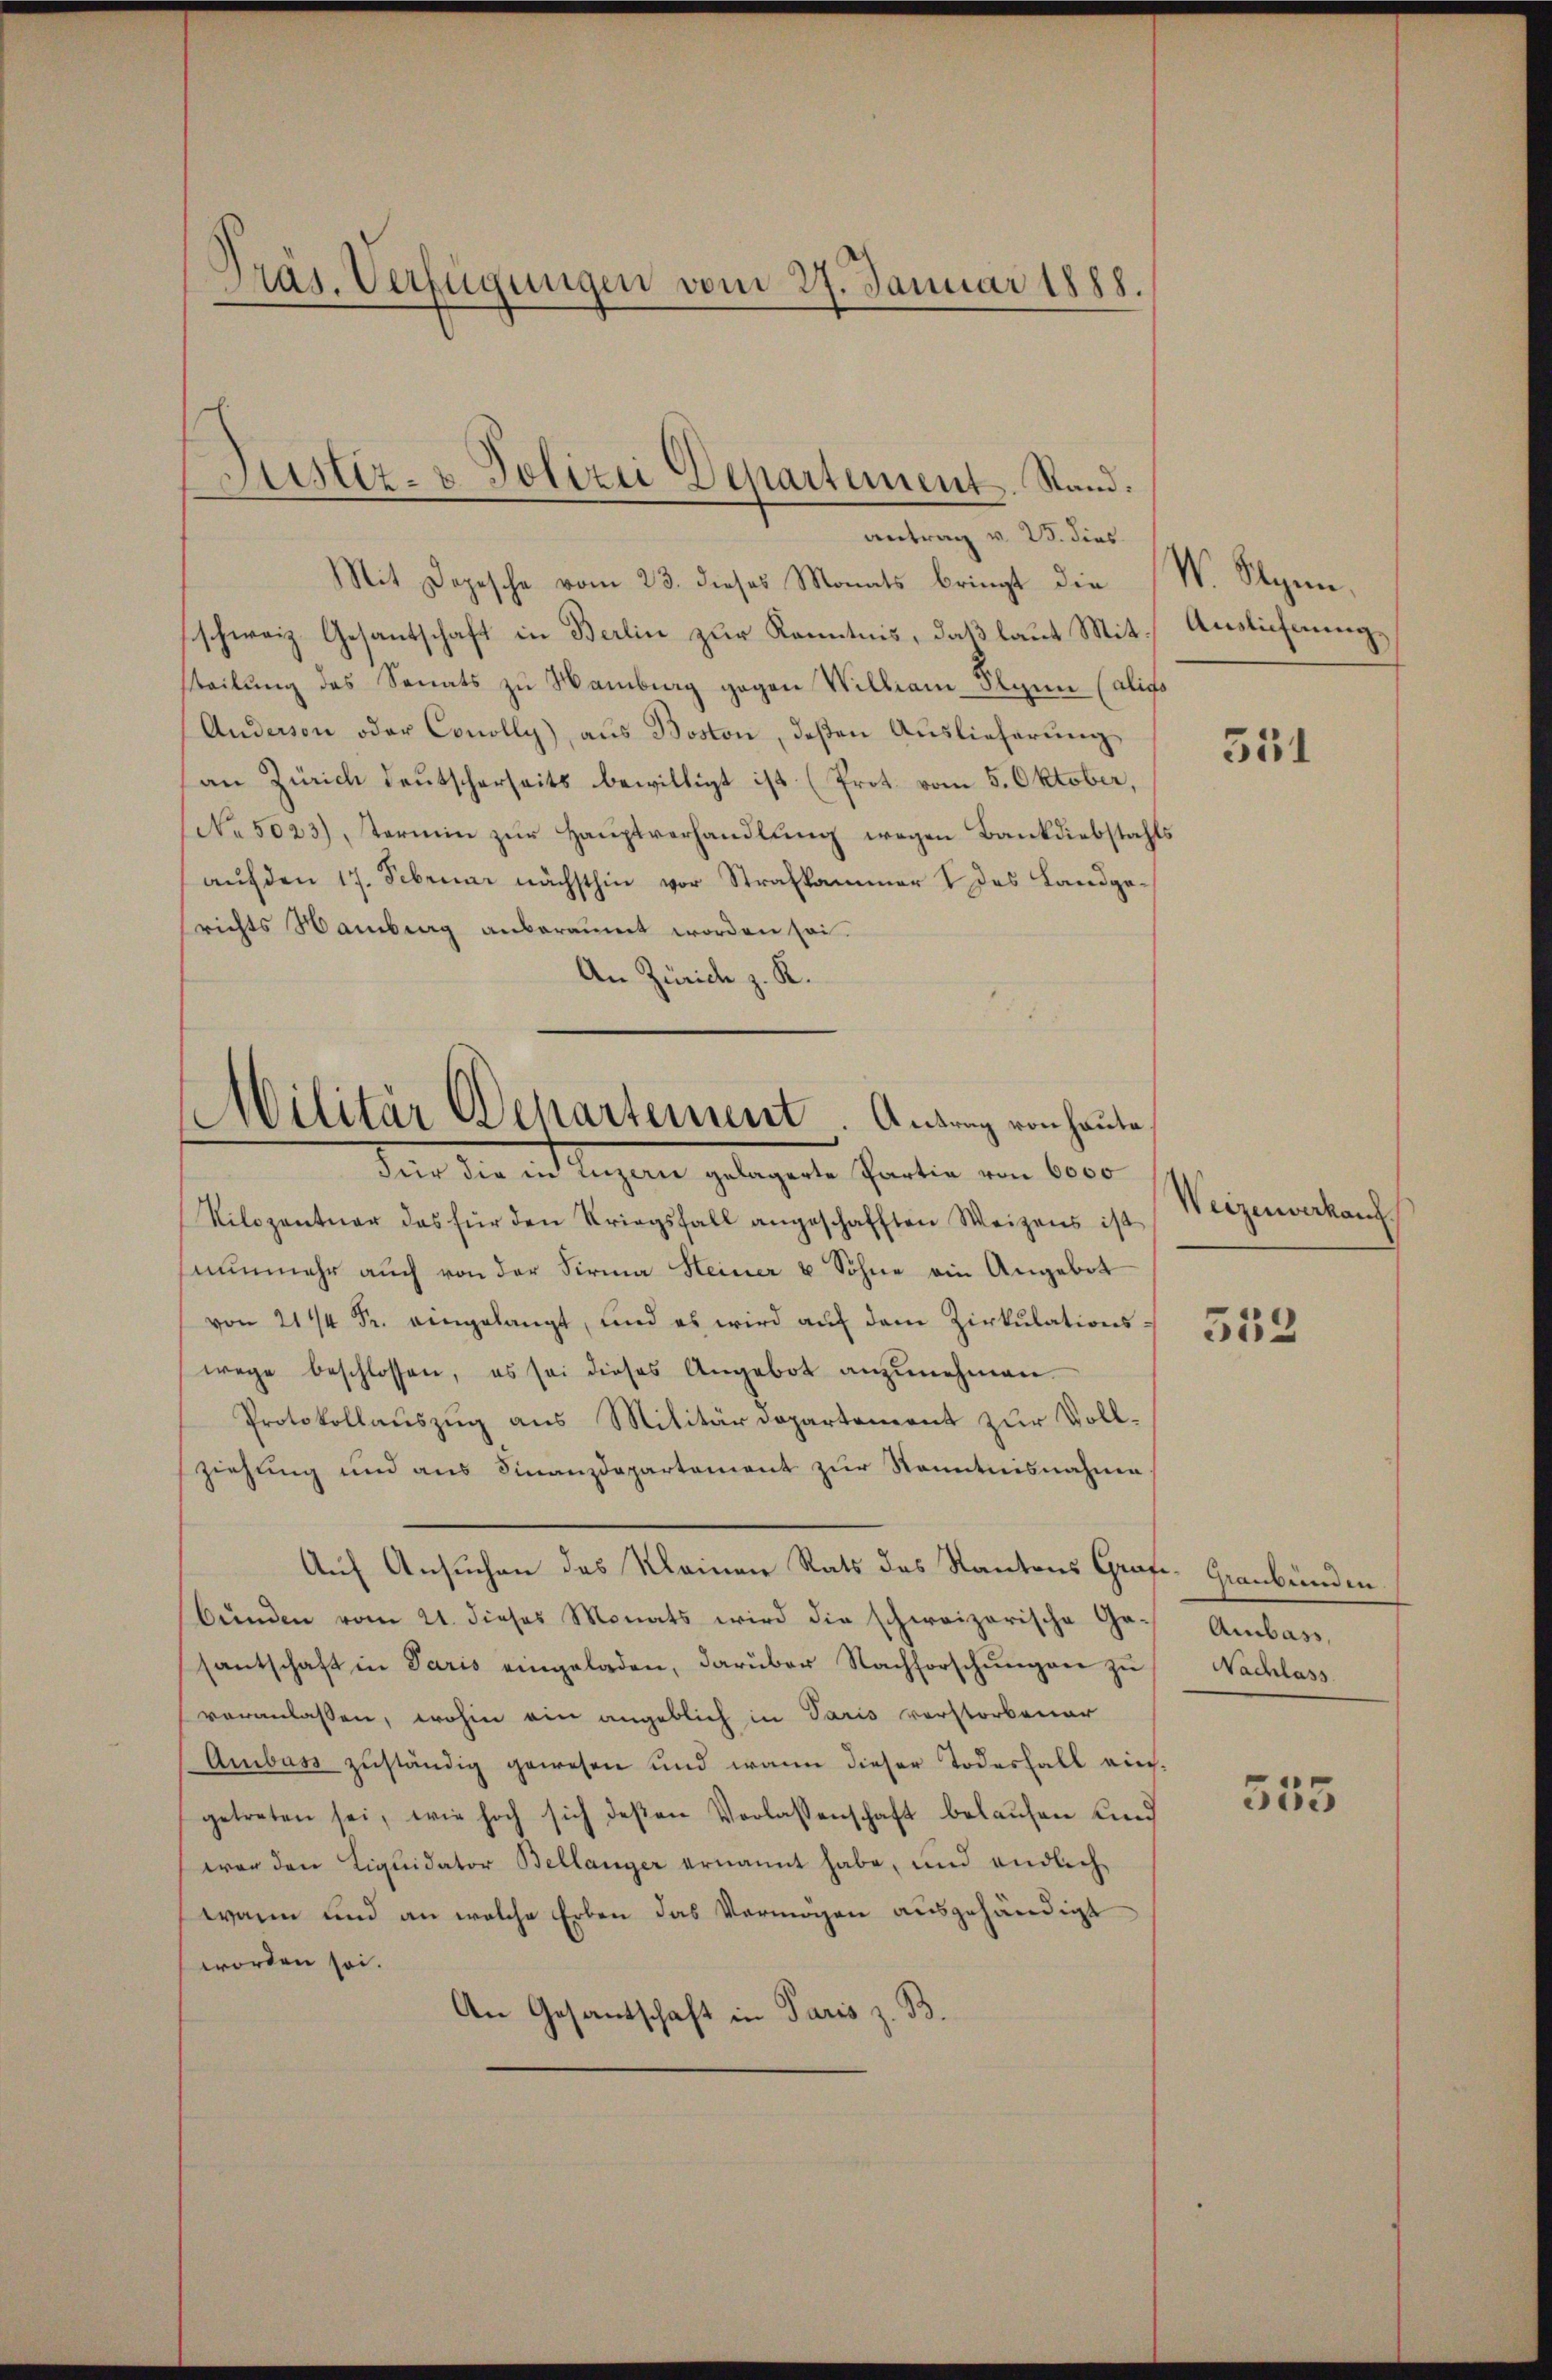
Präs. Verfügungen vom 27. Januar 1888.

Mit Dogesche vom 23. dieses Monats bringt die (W. Syn
schweiz. Gesantschaft in Berlin zur Kenntnis, daß laut Mit Auslieferungs
steilung des Senats zu Hamburg gegen William-Flynn (alifo
Anderson oder Conolly), aus Boston, deßen Auslieferung
an Zürich Deutscherseits bewilligt ist (Prot. vom 5. Oktober,
No 5023), termin zur Hauptverhandlung wegen Bankdiebstahls
auf den 17. Februar nächsthin vor Strafkammer & das Landgerichts Hamberg anberaumt worden sei.
An Zürich z. K.
Denn die und langene gelegente Partin von 600
Vilozentuar das für den Kriegsfall angeschafften Weizens ist
nunmehr auch von der Firma Heiner u Söhne ein Angebet
von 211 Fr. eingelangt, und es wird aŭf dem Zirkŭlations-
wege beschlossen, es sei dieses Angebot anzŭnehmen.
Protokollauszug aus Militärdepartement zur Voll-
ziehung und aus Finanzdepartement zur Kenntnisnahme
Auf Ansuchen des Kleinen Rats des Kantons Graf- Graubünden.
bŭnden vom 21. dieses Monats wird die schweizerische Go¬ Ambass,
santschaft in Paris eingeladen, darüber Nachforschŭngen zu Nachlass
veranlassen, wohin ein angeblich in Paris verstorbener
Ambass zuständig gewesen und wann dieser Todesfall eingetreten sei, wie hoch sich deßen Verlassenschaft belaufen und
war den Liquidator Bellanger ernannt habe, und endlich
wann und an welche Erben das Vermögen ausgehändigt
worden sei.
An Gesandschaft in Paris z. B.

Justiz- & Polizei Departement. Stand.
antrag v. 25. dies

Militär Departement. Antrag von heute

351

Weizenverkauf

332

555